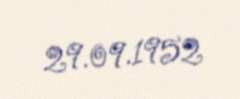
29.09.1952